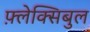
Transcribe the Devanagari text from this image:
फ़्लेक्सिबुल